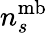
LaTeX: n_{s}^{\mathrm{mb}}